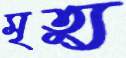
মৃত্যু